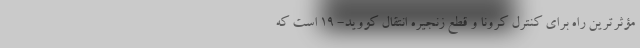
مؤثرترین راه برای کنترل کرونا و قطع زنجیره انتقال کووید- ۱۹ است که